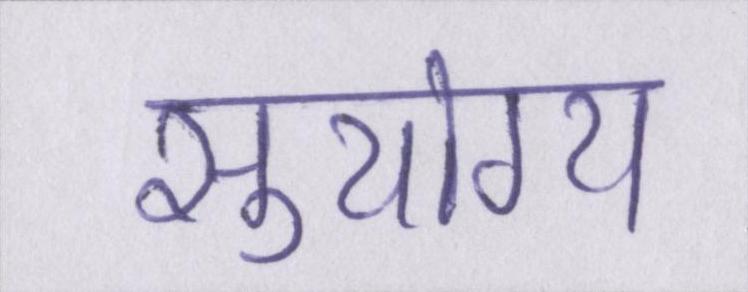
सुयोग्य